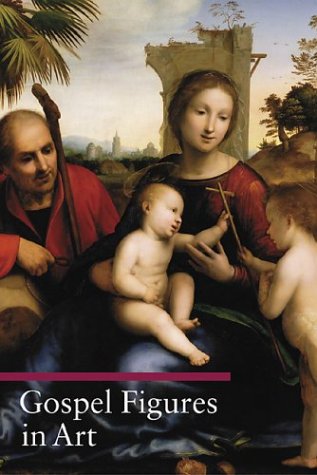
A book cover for Gospel Figures in Art (Guide to Imagery Series); Stefano Zuffi; Religion & Spirituality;